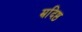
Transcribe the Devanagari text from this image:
म्रदिष्ठ